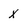
Character: x